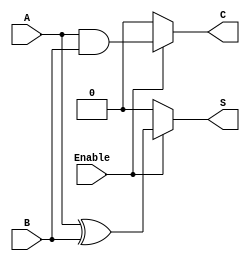
module conditional_half_adder (
    input wire A,        // First binary input
    input wire B,        // Second binary input
    input wire Enable,   // Control signal
    output wire S,       // Sum output
    output wire C        // Carry output
);

// Combinational logic for the Conditional Half-Adder
assign S = Enable ? (A ^ B) : 1'b0; // Sum is A XOR B when Enable is high, else 0
assign C = Enable ? (A & B) : 1'b0; // Carry is A AND B when Enable is high, else 0

endmodule